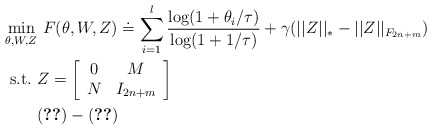
\begin{align*} \mathop {\min }\limits_{\theta, W, Z} & \ F(\theta, W, Z)\doteq \sum \limits_{i=1}^l \frac{\log(1+ \theta_i/\tau)}{\log(1+1/\tau)}+ \gamma (||Z||_{*}-||Z||_{F_{2n+m}})\\{\rm s.t.}\ & Z=\left[\begin{array}{cc}0 & M \\N & I_{2n+m} \\\end{array}\right] \\& (\ref{const2})-(\ref{const5}) \end{align*}